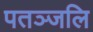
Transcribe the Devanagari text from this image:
पतञ्‍जलि